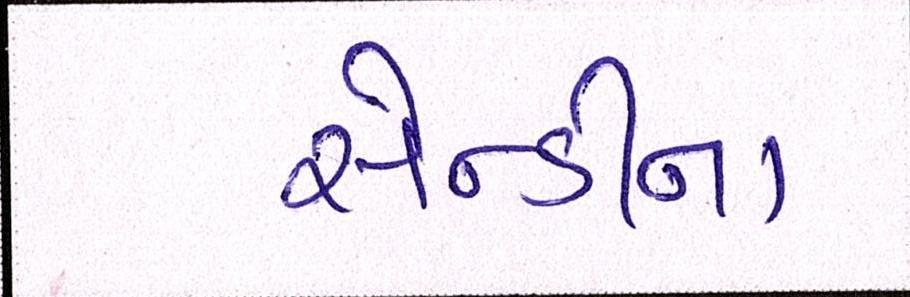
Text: સેન્ડીનાં